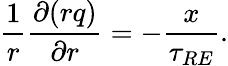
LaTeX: \frac{1}{r}\frac{\partial(rq)}{\partial r}=-\frac{x}{\tau_{RE}}.